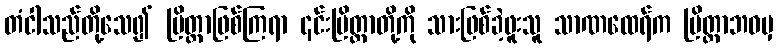
တံငါသည်တို့သေ၍ ဗြိတ္တာဖြစ်ကြရာ ၎င်းဗြိတ္တာတို့ကို သားဖြစ်ခဲ့ဖူးသူ သာဏထေရ်က ဗြိတ္တာဘဝမှ